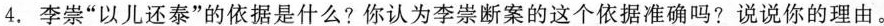
4.李崇”以儿还泰”的依据是什么?你认为李崇断案的这个依据准确吗?说说你的理由。